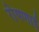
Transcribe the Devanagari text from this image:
रो़षणाई